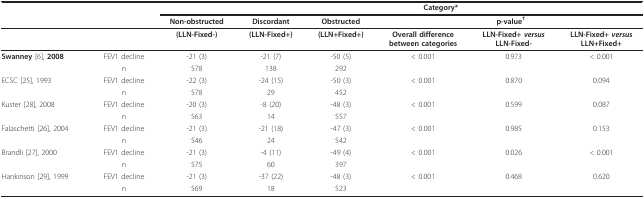
|  |  |  | <COLSPAN=5> Category* |
 |  |  | Non-obstructed | Discordant | Obstructed | <COLSPAN=3> p-value† |
 | --- | --- | --- | --- | --- | --- | --- | --- |
 |  |  | (LLN-Fixed-) | (LLN-Fixed+) | (LLN+Fixed+) | Overall differencebetween categories | LLN-Fixed+ versusLLN-Fixed- | LLN-Fixed+ versusLLN+Fixed+ |
 | Swanney [6], 2008 | FEV1 decline | -21 (3) | -21 (7) | -50 (5) | < 0.001 | 0.973 | < 0.001 |
 |  | n | 578 | 138 | 292 |  |  |  |
 | ECSC [25], 1993 | FEV1 decline | -22 (3) | -24 (15) | -50 (3) | < 0.001 | 0.870 | 0.094 |
 |  | n | 578 | 29 | 452 |  |  |  |
 | Kuster [28], 2008 | FEV1 decline | -20 (3) | -8 (20) | -48 (3) | < 0.001 | 0.599 | 0.087 |
 |  | n | 563 | 14 | 557 |  |  |  |
 | Falaschetti [26], 2004 | FEV1 decline | -21 (3) | -21 (18) | -47 (3) | < 0.001 | 0.985 | 0.153 |
 |  | n | 546 | 24 | 542 |  |  |  |
 | Brandli [27], 2000 | FEV1 decline | -21 (3) | -4 (11) | -49 (4) | < 0.001 | 0.026 | < 0.001 |
 |  | n | 575 | 60 | 397 |  |  |  |
 | Hankinson [29], 1999 | FEV1 decline | -21 (3) | -37 (22) | -48 (3) | < 0.001 | 0.468 | 0.620 |
 |  | n | 569 | 18 | 523 |  |  |  |